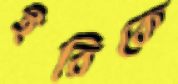
ইরিকে